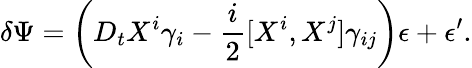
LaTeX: \delta\Psi=\left(D_{t}X^{i}\gamma_{i}-{\frac{i}{2}}[X^{i},X^{j}]\gamma_{ij}\right)\epsilon+\epsilon^{\prime}.